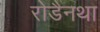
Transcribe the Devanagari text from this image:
रोडैनथा